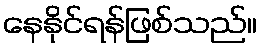
နေနိုင်ရန်ဖြစ်သည်။